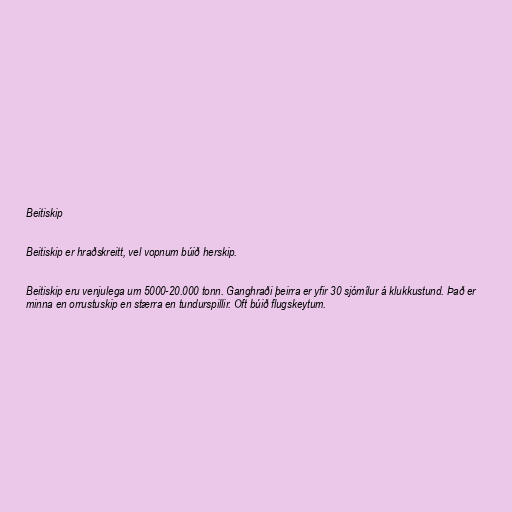
Beitiskip

Beitiskip er hraðskreitt, vel vopnum búið herskip.

Beitiskip eru venjulega um 5000-20.000 tonn. Ganghraði þeirra er yfir 30 sjómílur á klukkustund. Það er
minna en orrustuskip en stærra en tundurspillir. Oft búið flugskeytum.